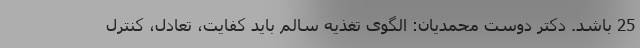
25 باشد. دکتر دوست محمدیان: الگوی تغذیه سالم باید کفایت، تعادل، کنترل